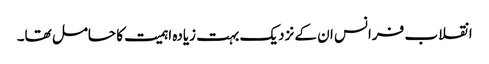
انقلاب فرانس ان کے نزدیک بہت زیادہ اہمیت کا حامل تھا۔